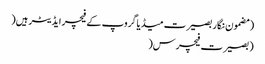
(مضمون نگار بصیرت میڈیاگروپ کے فیچر ایڈیٹر ہیں(
(بصیرت فیچرس(